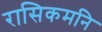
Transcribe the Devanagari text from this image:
रासिकमनि